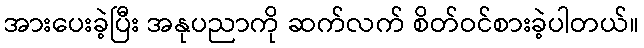
အားပေးခဲ့ပြီး အနုပညာကို ဆက်လက် စိတ်ဝင်စားခဲ့ပါတယ်။